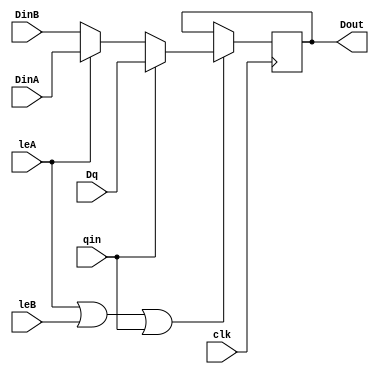
module reg_cell_Qin (clk,qin,leA,leB,DinA,DinB,Dq,Dout);
input [7:0] DinA,DinB,Dq;
input clk,leA,leB,qin;
output [7:0] Dout;
reg [7:0] Dout;
wire [7:0] Din;

assign Din=(qin)?Dq:(leA)?DinA:DinB;

always @(posedge clk)
  Dout <= (leA|leB|qin)?Din:Dout;
  
endmodule